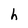
Character: h